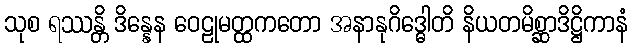
သုစ ရဿန္တိ ဒိန္နေန ဝေဠုမတ္ထကတော အနာနုဂိဒ္ဓေါတိ နိယတမိစ္ဆာဒိဋ္ဌိကာနံ